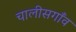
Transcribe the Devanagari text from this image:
चालीसगाँव